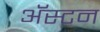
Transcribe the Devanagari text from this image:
अॅस्टन